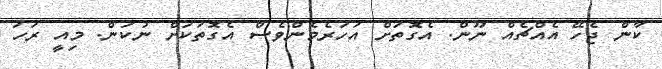
ކާން ޖެހޭ އެއްޗެއް ނޫން. އެގޮތަށް އަހަރެމެންވެސް އެގޮތަކަށް ނުކަން. މިއީ ރަހަ